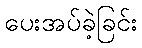
ပေးအပ်ခဲ့ခြင်း